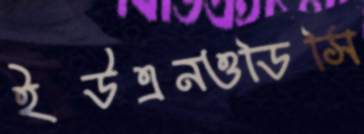
ইউএনওডিসি